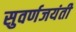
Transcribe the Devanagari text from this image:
सुवर्णजयंती